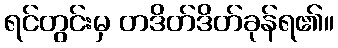
ရင်တွင်းမှ တဒိတ်ဒိတ်ခုန်ရ၏။